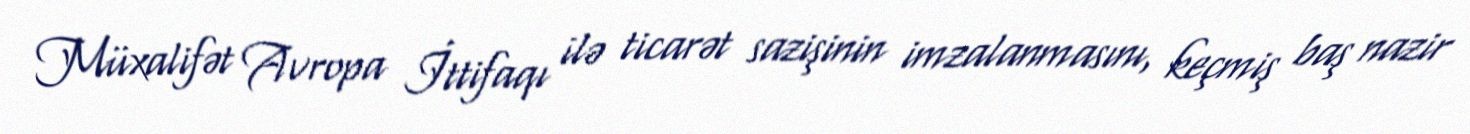
Müxalifət Avropa İttifaqı ilə ticarət sazişinin imzalanmasını, keçmiş baş nazir